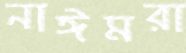
নাঈমরা